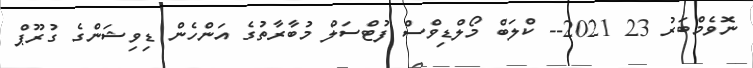
ނޮވެމްބަރު 23 2021-- ކްލަބް މޯލްޑިވްސް ފުޓްސަލް މުބާރާތުގެ އަންހެން ޑިވިޝަންގެ ގުރޫޕް